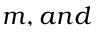
m , a n d